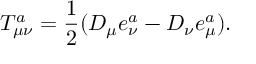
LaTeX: T _ { \mu \nu } ^ { a } = \frac 1 2 ( D _ { \mu } e _ { \nu } ^ { a } - D _ { \nu } e _ { \mu } ^ { a } ) .